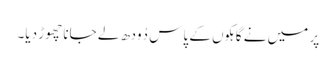
پر میں نے گاہکوں کے پاس دُودھ لے جانا چھوڑ دیا۔